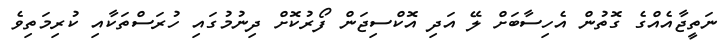
ނަތީޖާއެއްގެ ގޮތުން އެހިސާބަށް ލޭ އަދި އޮކްސިޖަން ފޯރުކޮށް ދިނުމުގައި ހުރަސްތަކާއި ކުރިމަތިވެ